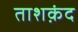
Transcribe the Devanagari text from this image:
ताशक़ंद